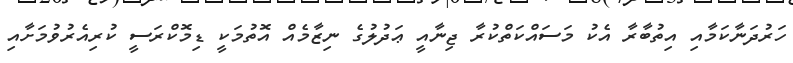
ހަރުދަނާކަމާއި އިތުބާރާ އެކު މަސައްކަތްކުރާ ޖިނާއީ ޢަދުލުގެ ނިޒާމެއް އޮތުމަކީ ޑިމޮކްރަސީ ކުރިއެރުވުމަށާއި